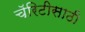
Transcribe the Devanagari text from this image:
चॅरिटीसाठी